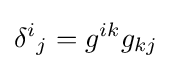
\delta ^{i}{}_{j}=g^{ik}g_{kj}